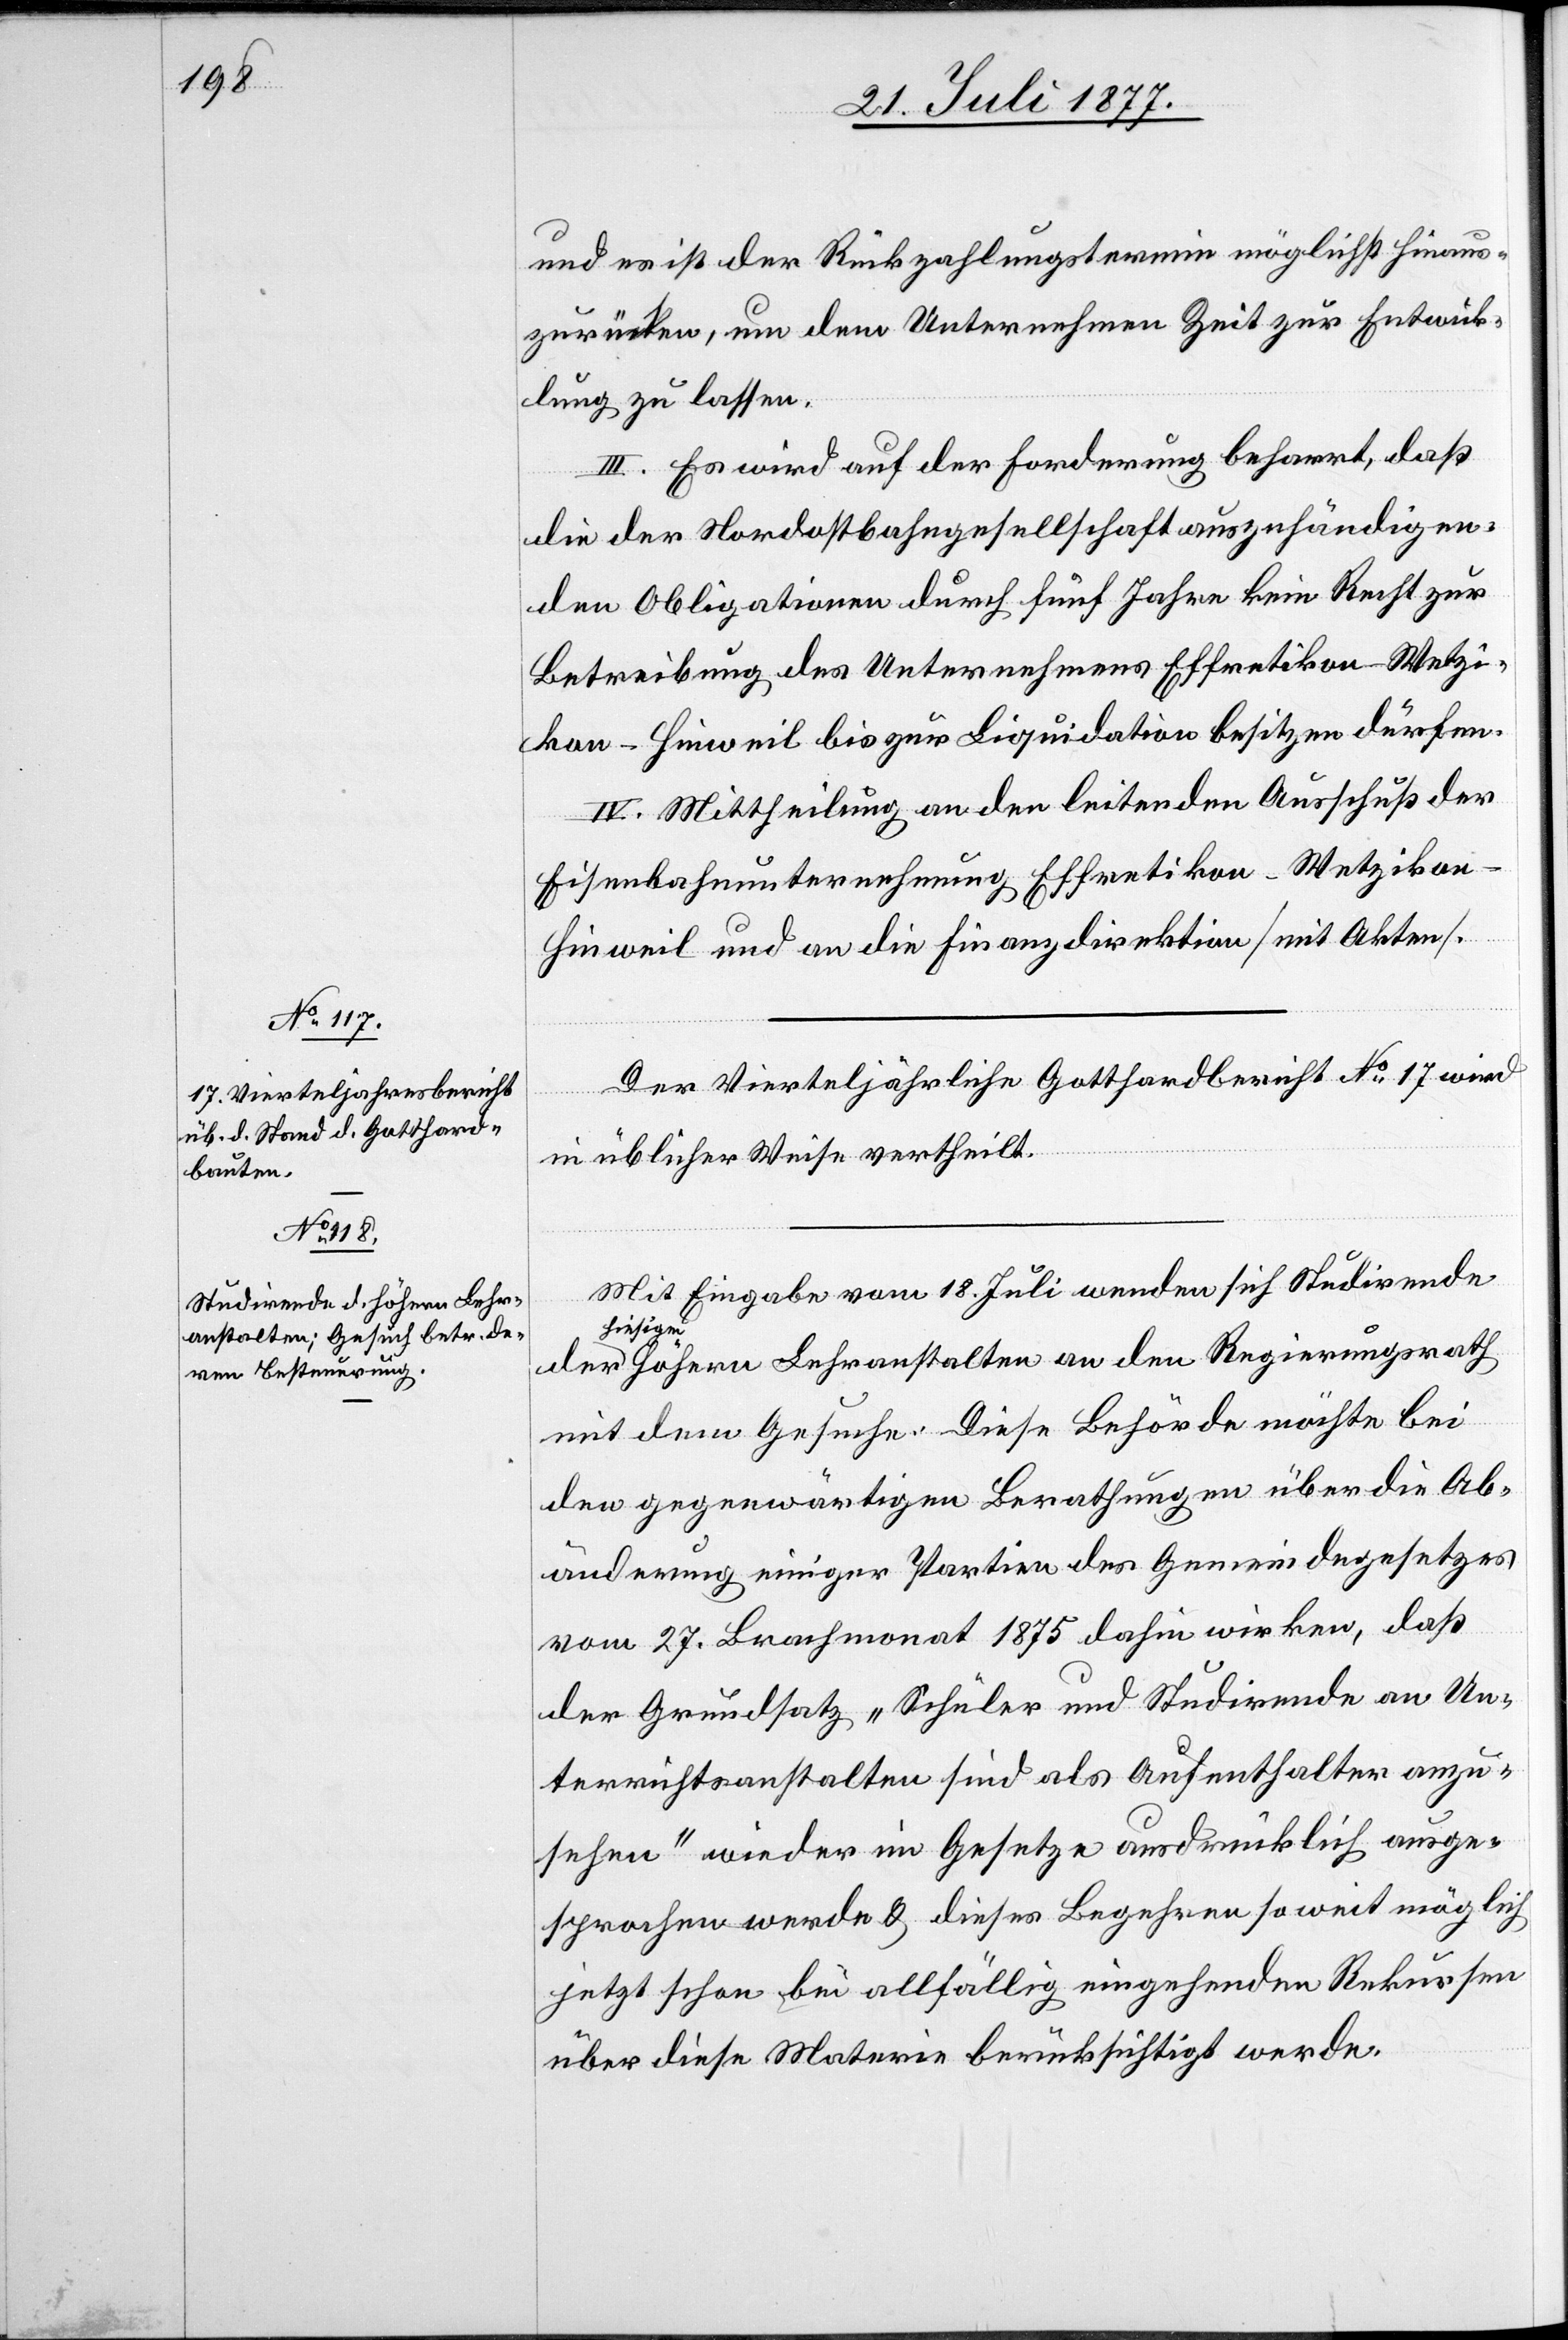
und es ist der Rückzahlungstermin möglichst hinaus¬
zurücken, um dem Unternehmen Zeit zur Entwick¬
lung zu lassen.
III. Es wird auf der Forderung beharrt, daß
die der Nordostbahngesellschaft auszuhändigen¬
den Obligationen durch fünf Jahre kein Recht zur
Betreibung des Unternehmens Effretikon–Wetzi¬
kon–Hinweil bis zur Liquidation besitzen dürfen.
IV. Mittheilung an den leitenden Ausschuß der
Eisenbahnunternehmung Effretikon–Wetziko¬
n–Hinweil und an die Finanzdirektion [mit Akten].
Der Vierteljährliche Gotthardbericht No 17 wird
der
in üblicher Weise vertheilt.
Mit Eingabe vom 18. Juli wenden sich Studirende
hiesig¬
en höhern Lehranstalten an den Regierungsrath
mit dem Gesuche: Diese Behörde möchte bei
den gegenwärtigen Berathungen über die Ab¬
änderung einiger Partien des Gemeindegesetzes
vom 27. Brachmonat 1875 dahin wirken, daß
der Grundsatz „Schüler und Studirende an Un¬
terrichtsanstalten sind als Aufenthalter anzu¬
sehen“ wieder im Gesetze ausdrücklich ausge¬
sprochen werde & dieses Begehren so weit möglich
jetzt schon bei allfällig eingehenden Rekursen
über diese Materie berücksichtigt werde.